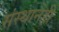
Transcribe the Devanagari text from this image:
संस्थानेही